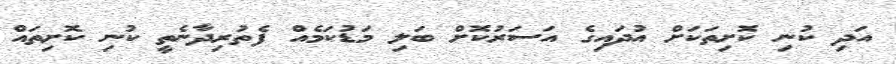
އަދި ކުނި ކޮށިތަކަށް އުދައިގެ އަސަރުކޮށް ބަލި މަޑުކަމެއް ފެތުރިދާނެތީ ކުނި ކޮށިތައް